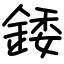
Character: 錗